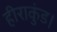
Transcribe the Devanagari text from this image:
हीराकुंड।